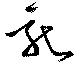
龍